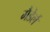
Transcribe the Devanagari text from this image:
मैडेर्ल